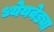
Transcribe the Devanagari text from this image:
ध्येेयवेड्या